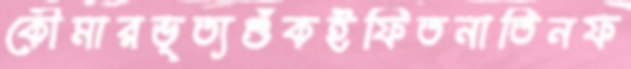
কৌমারভৃত্যশুঁকইফিতনাতিনফ